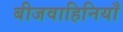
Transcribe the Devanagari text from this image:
बीजवाहिनियाँ